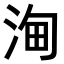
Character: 𣵦